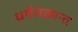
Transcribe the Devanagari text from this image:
धर्मसंक्रान्त